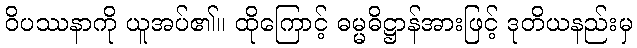
ဝိပဿနာကို ယူအပ်၏။ ထိုကြောင့် ဓမ္မဓိဋ္ဌာန်အားဖြင့် ဒုတိယနည်းမှ